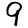
Digit: 9